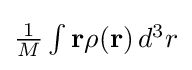
{\textstyle {\frac {1}{M}}\int \mathbf {r} \rho (\mathbf {r} )\,d^{3}r}